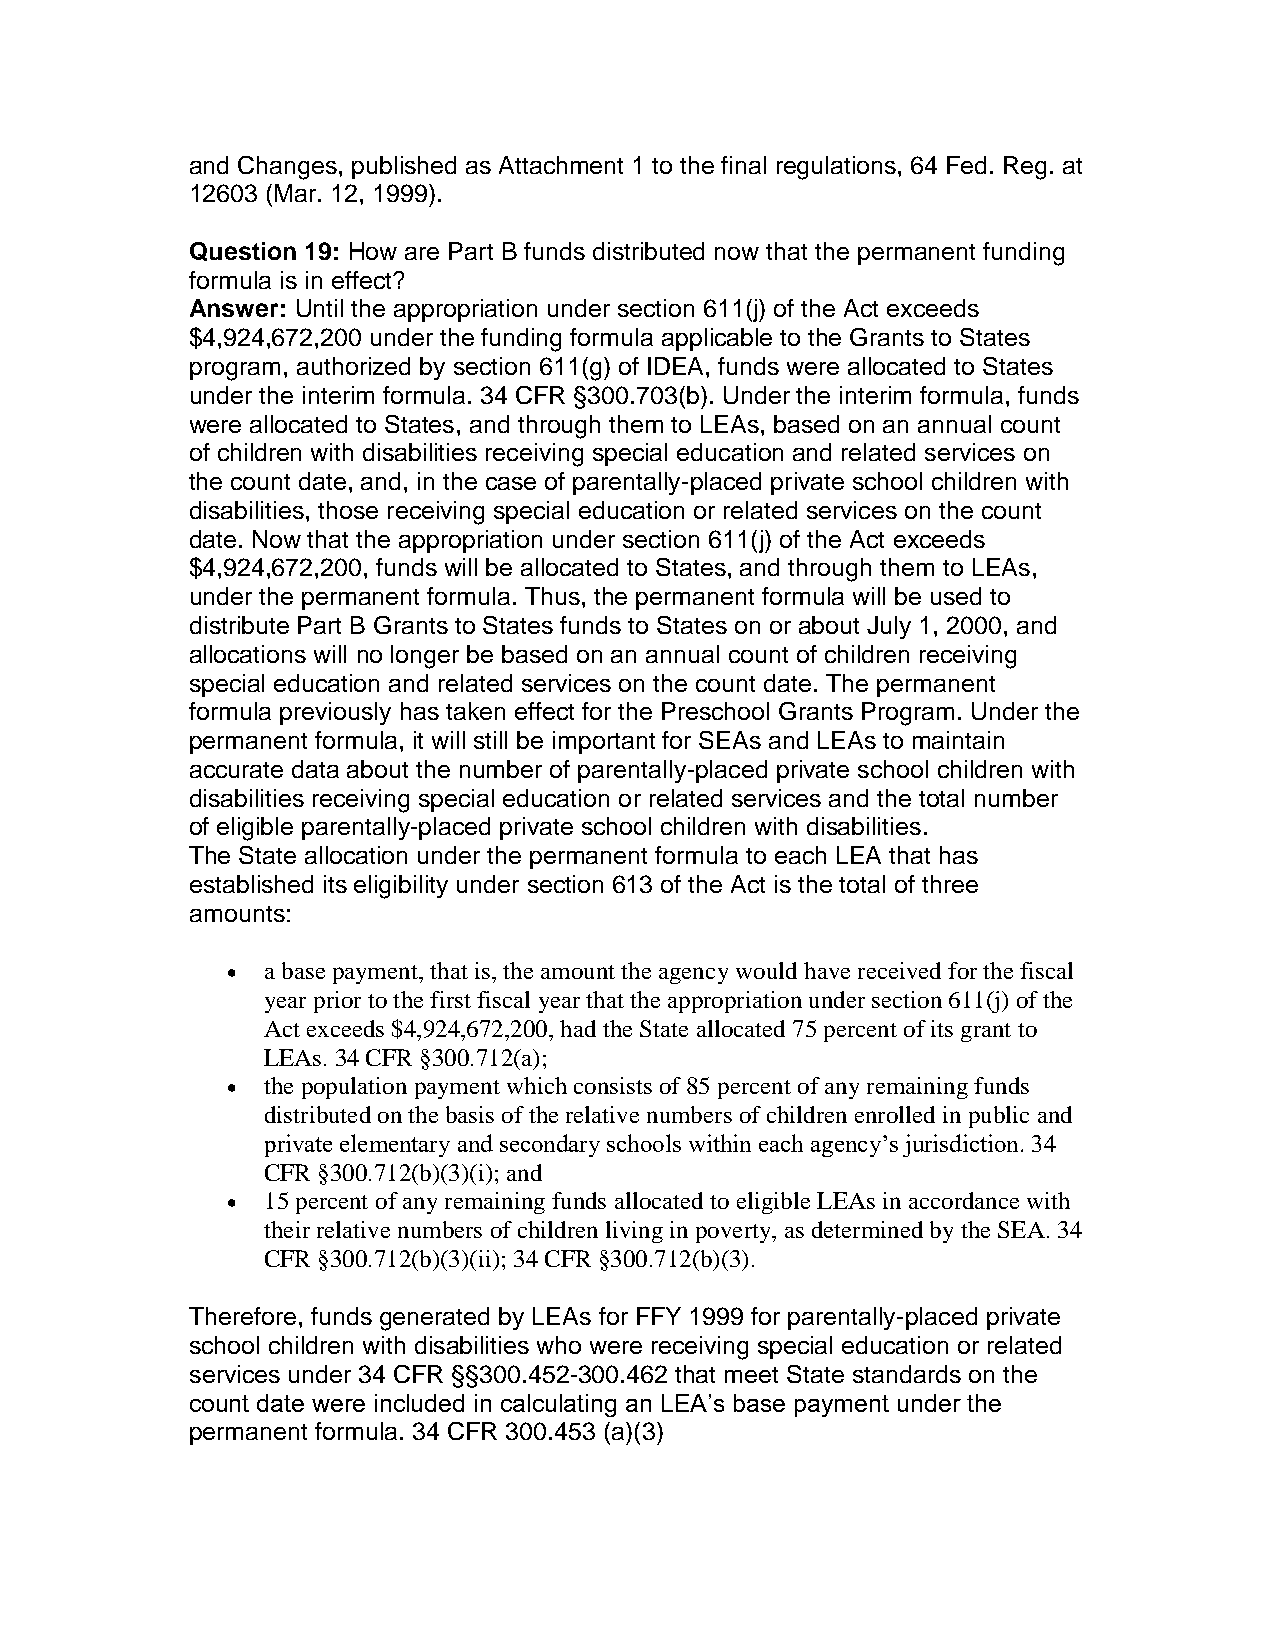
and Changes, published as Attachment 1 to the final regulations, 64 Fed. Reg. at
 12603 (Mar. 12, 1999).
 Question 19: How are Part B funds distributed now that the permanent funding
 formula is in effect?
 Answer: Until the appropriation under section 611(j) of the Act exceeds
 $4,924,672,200 under the funding formula applicable to the Grants to States
 program, authorized by section 611(g) of IDEA, funds were allocated to States
 under the interim formula. 34 CFR §300.703(b). Under the interim formula, funds
 were allocated to States, and through them to LEAs, based on an annual count
 of children with disabilities receiving special education and related services on
 the count date, and, in the case of parentally-placed private school children with
 disabilities, those receiving special education or related services on the count
 date. Now that the appropriation under section 611(j) of the Act exceeds
 $4,924,672,200, funds will be allocated to States, and through them to LEAs,
 under the permanent formula. Thus, the permanent formula will be used to
 distribute Part B Grants to States funds to States on or about July 1, 2000, and
 allocations will no longer be based on an annual count of children receiving
 special education and related services on the count date. The permanent
 formula previously has taken effect for the Preschool Grants Program. Under the
 permanent formula, it will still be important for SEAs and LEAs to maintain
 accurate data about the number of parentally-placed private school children with
 disabilities receiving special education or related services and the total number
 of eligible parentally-placed private school children with disabilities.
 The State allocation under the permanent formula to each LEA that has
 established its eligibility under section 613 of the Act is the total of three
 amounts:
 • a base payment, that is, the amount the agency would have received for the fiscal
 year prior to the first fiscal year that the appropriation under section 611(j) of the
 Act exceeds $4,924,672,200, had the State allocated 75 percent of its grant to
 LEAs. 34 CFR §300.712(a);
 • the population payment which consists of 85 percent of any remaining funds
 distributed on the basis of the relative numbers of children enrolled in public and
 private elementary and secondary schools within each agency’s jurisdiction. 34
 CFR §300.712(b)(3)(i); and
 • 15 percent of any remaining funds allocated to eligible LEAs in accordance with
 their relative numbers of children living in poverty, as determined by the SEA. 34
 CFR §300.712(b)(3)(ii); 34 CFR §300.712(b)(3).
 Therefore, funds generated by LEAs for FFY 1999 for parentally-placed private
 school children with disabilities who were receiving special education or related
 services under 34 CFR §§300.452-300.462 that meet State standards on the
 count date were included in calculating an LEA’s base payment under the
 permanent formula. 34 CFR 300.453 (a)(3)